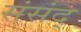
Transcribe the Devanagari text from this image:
संसंद्